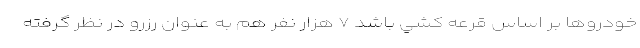
خودروها بر اساس قرعه كشي باشد ۷ هزار نفر هم به عنوان رزرو در نظر گرفته